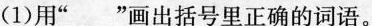
(1)用”_________”画出括号里正确的词语。